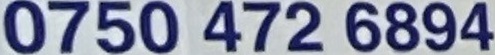
0750 472 6894